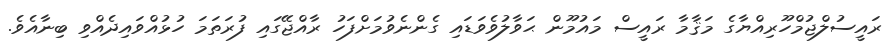
ރައީސުލްޖުމްހޫރިއްޔާގެ މަޤާމާ ރައީސް މައުމޫން ޙަވާލުވެވަޑައި ގެންނެވުމަށްފަހު ރާއްޖޭގައި ފުރަތަމަ ހުޅުއްވައިދެއްވި ބިނާއެވެ.